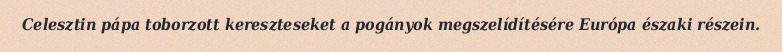
Celesztin pápa toborzott kereszteseket a pogányok megszelídítésére Európa északi részein.